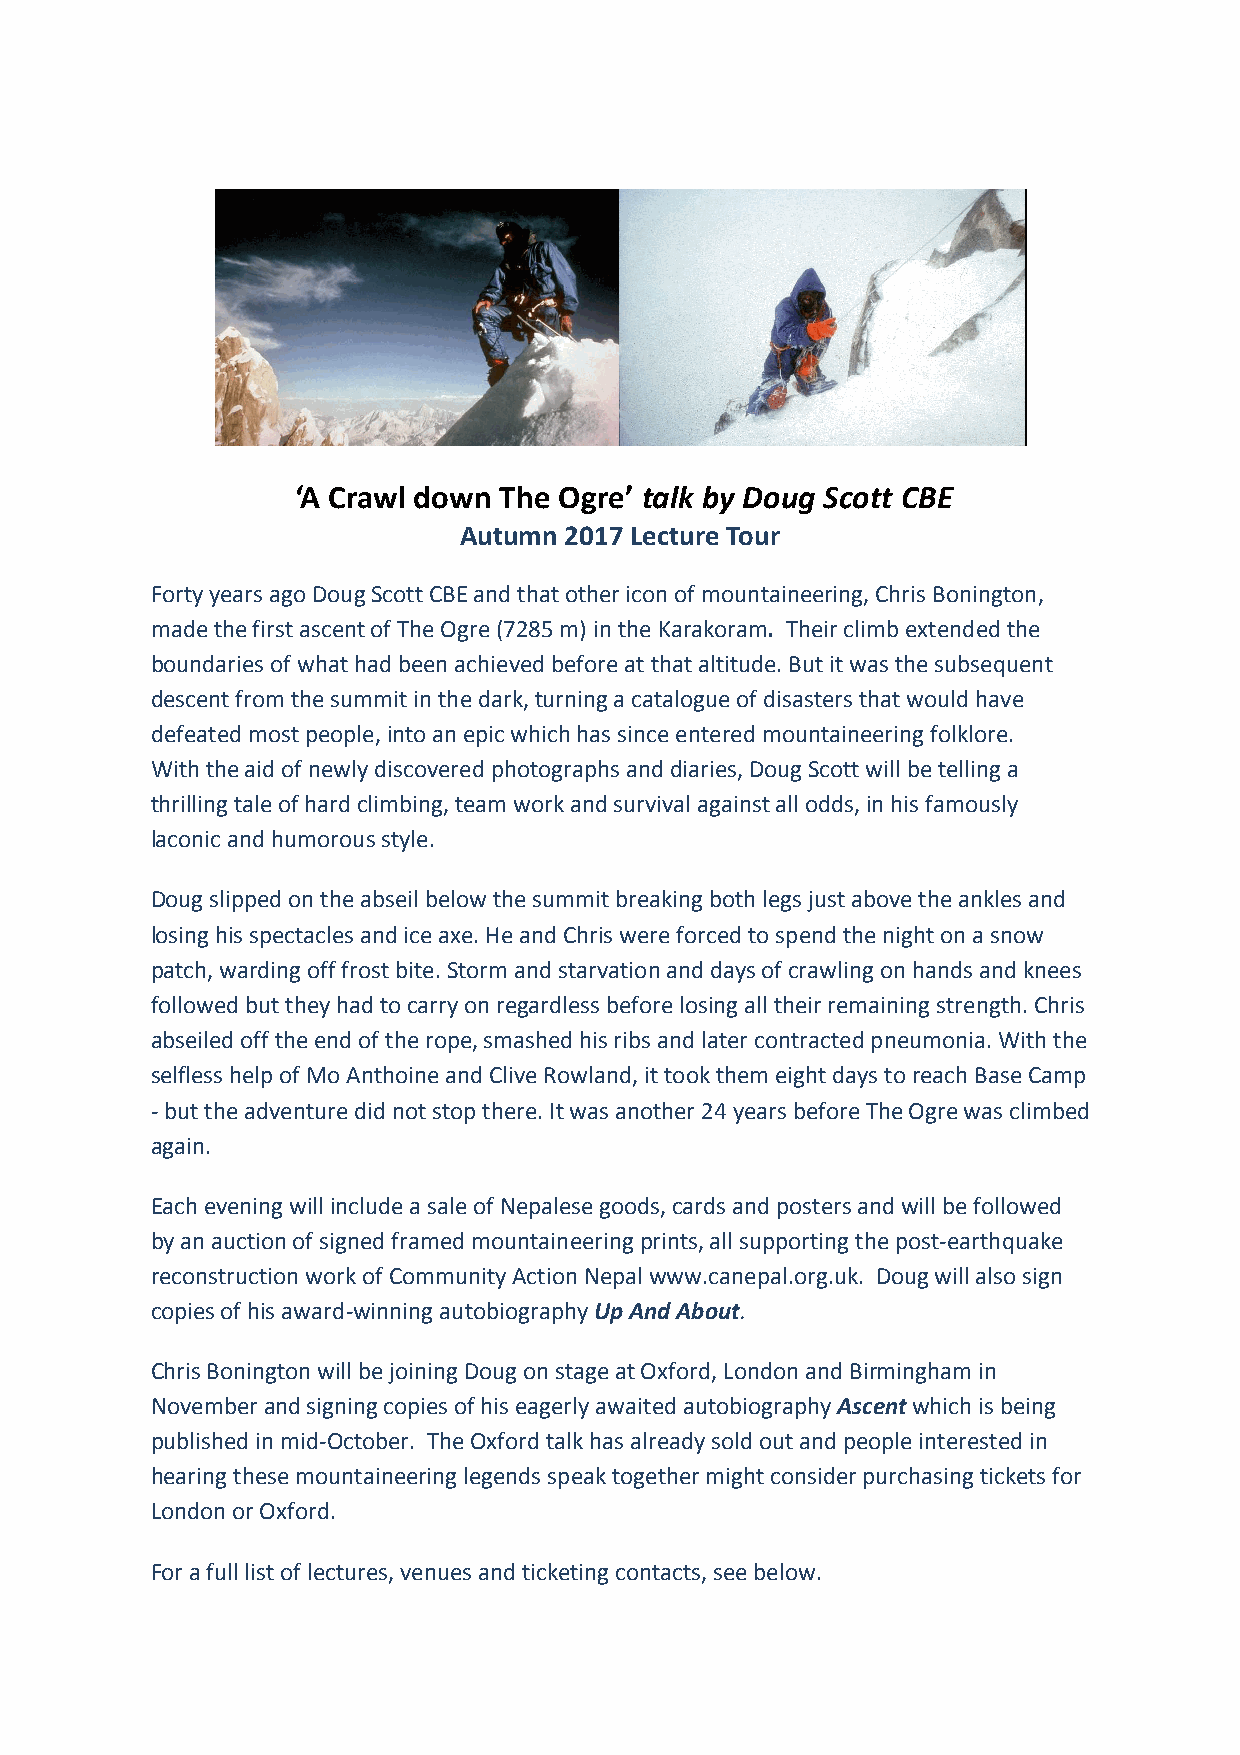
‘A Crawl down The Ogre’ talk by Doug Scott CBE
 Autumn 2017 Lecture Tour
 Forty years ago Doug Scott CBE and that other icon of mountaineering, Chris Bonington,
 made the first ascent of The Ogre (7285 m) in the Karakoram. Their climb extended the
 boundaries of what had been achieved before at that altitude. But it was the subsequent
 descent from the summit in the dark, turning a catalogue of disasters that would have
 defeated most people, into an epic which has since entered mountaineering folklore.
 With the aid of newly discovered photographs and diaries, Doug Scott will be telling a
 thrilling tale of hard climbing, team work and survival against all odds, in his famously
 laconic and humorous style.
 Doug slipped on the abseil below the summit breaking both legs just above the ankles and
 losing his spectacles and ice axe. He and Chris were forced to spend the night on a snow
 patch, warding off frost bite. Storm and starvation and days of crawling on hands and knees
 followed but they had to carry on regardless before losing all their remaining strength. Chris
 abseiled off the end of the rope, smashed his ribs and later contracted pneumonia. With the
 selfless help of Mo Anthoine and Clive Rowland, it took them eight days to reach Base Camp
 -­‐ but the adventure did not stop there. It was another 24 years before The Ogre was climbed
 again.
 Each evening will include a sale of Nepalese goods, cards and posters and will be followed
 by an auction of signed framed mountaineering prints, all supporting the post-­‐earthquake
 reconstruction work of Community Action Nepal www.canepal.org.uk. Doug will also sign
 copies of his award-­‐winning autobiography Up And About.
 Chris Bonington will be joining Doug on stage at Oxford, London and Birmingham in
 November and signing copies of his eagerly awaited autobiography Ascent which is being
 published in mid-­‐October. The Oxford talk has already sold out and people interested in
 hearing these mountaineering legends speak together might consider purchasing tickets for
 London or Oxford.
 For a full list of lectures, venues and ticketing contacts, see below.